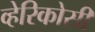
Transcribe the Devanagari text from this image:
व्हेरिकोसी